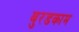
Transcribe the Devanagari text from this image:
बुरडकाम